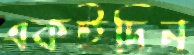
একইদিন